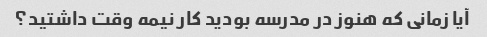
آیا زمانی که هنوز در مدرسه بودید کار نیمه وقت داشتید؟